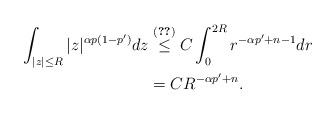
LaTeX: \begin{align*} \int_{|z|\leq R}|z|^{\alpha p(1-p')}dz&\stackrel{\eqref{estlar2}}\leq C \int_{0}^{2R}r^{-\alpha p'+n-1}dr\\& =CR^{-\alpha p'+n}. \end{align*}